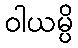
ဝါယမ္ပိ